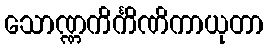
သောဏ္ဏကိင်္ကိဏိကာယုတာ